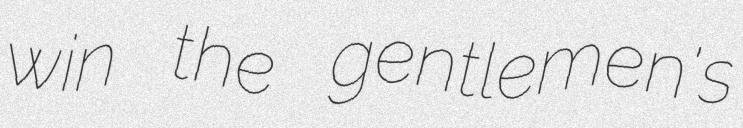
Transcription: win the gentlemen's